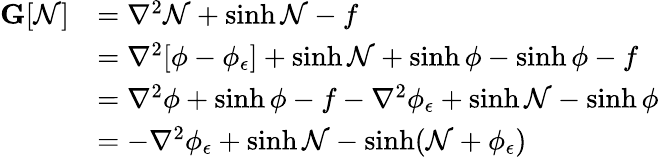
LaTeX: \begin{array}{rl}{\mathbf{G}[\mathcal{N}]}&{=\nabla^{2}\mathcal{N}+\sinh\mathcal{N}-f}\\ &{=\nabla^{2}[\phi-\phi_{\epsilon}]+\sinh\mathcal{N}+\sinh\phi-\sinh\phi-f}\\ &{=\nabla^{2}\phi+\sinh\phi-f-\nabla^{2}\phi_{\epsilon}+\sinh\mathcal{N}-\sinh\phi}\\ &{=-\nabla^{2}\phi_{\epsilon}+\sinh\mathcal{N}-\sinh(\mathcal{N}+\phi_{\epsilon})}\end{array}